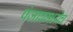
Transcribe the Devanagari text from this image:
पंजाबमध्येच